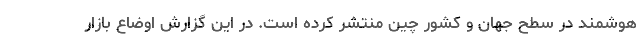
هوشمند در سطح جهان و کشور چین منتشر کرده است. در این گزارش اوضاع بازار